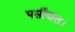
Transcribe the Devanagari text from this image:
पर्सीवाल।